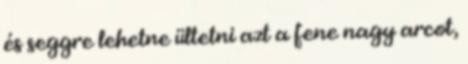
és seggre lehetne ültetni azt a fene nagy arcot,